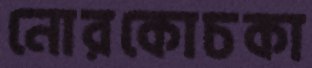
নোরকোচকা